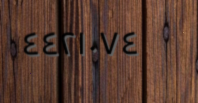
٤٤٢١٠٧٤